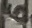
Text: 6